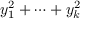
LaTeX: y _ { 1 } ^ { 2 } + \cdots + y _ { k } ^ { 2 }